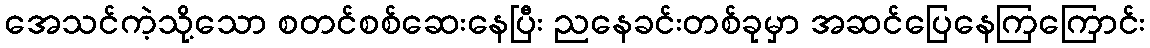
အေသင်ကဲ့သို့သော စတင်စစ်ဆေးနေပြီး ညနေခင်းတစ်ခုမှာ အဆင်ပြေနေကြကြောင်း